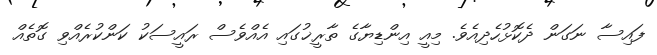
ފައިސާ ނަގަން ދެކޮޅުހެދިއެވެ. މިއީ އިންޑިޔާގެ ތާރީޚުގައި އެއްވެސް ރައީސަކު ކަންކުރެއްވި ގޮތެއް